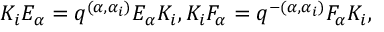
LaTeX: K _ { i } E _ { \alpha } = q ^ { ( \alpha , \alpha _ { i } ) } E _ { \alpha } K _ { i } , K _ { i } F _ { \alpha } = q ^ { - ( \alpha , \alpha _ { i } ) } F _ { \alpha } K _ { i } ,